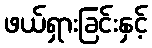
ဖယ်ရှားခြင်းနှင့်